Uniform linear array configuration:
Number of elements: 48
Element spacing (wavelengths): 0.75
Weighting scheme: uniform
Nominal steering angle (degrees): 0
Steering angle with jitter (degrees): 1.477
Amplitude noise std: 0.05
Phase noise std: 0.05

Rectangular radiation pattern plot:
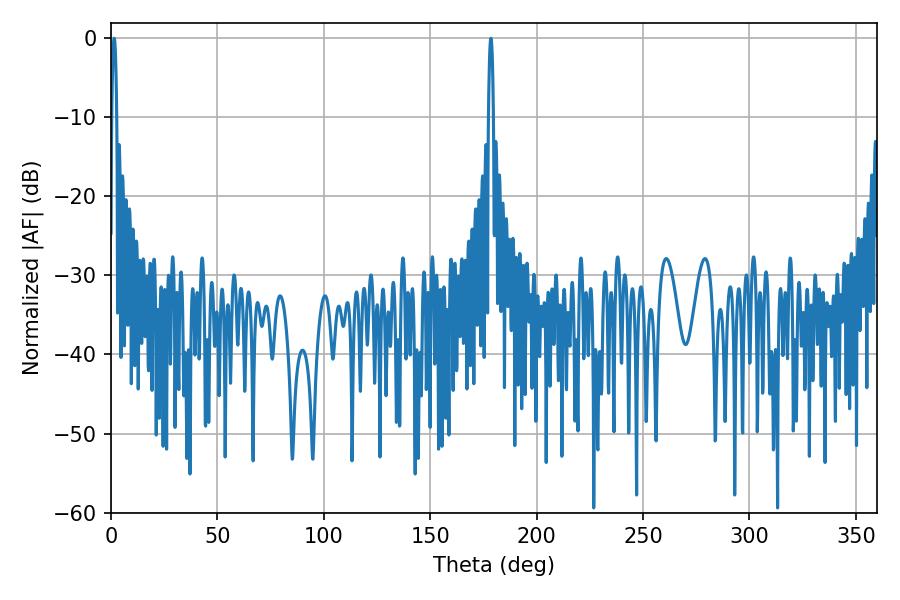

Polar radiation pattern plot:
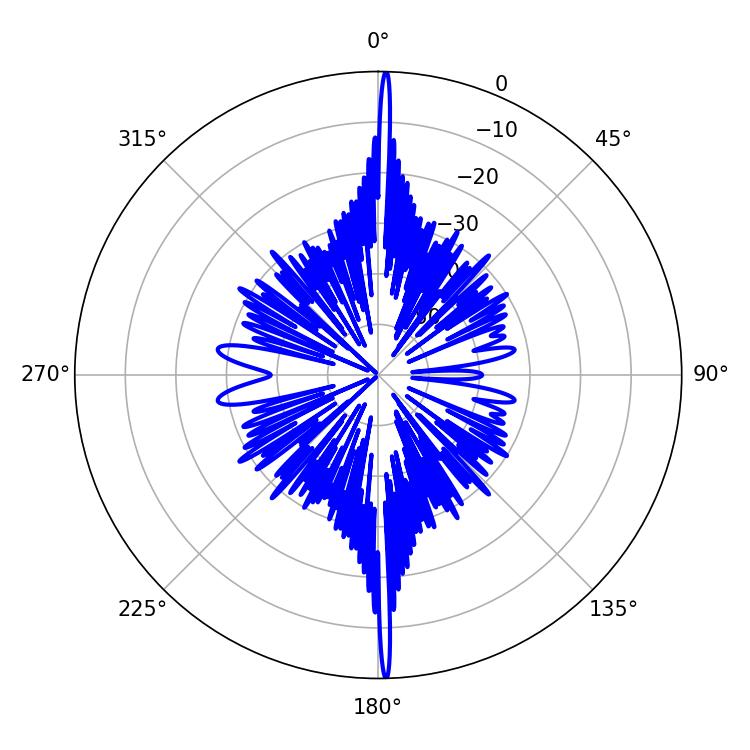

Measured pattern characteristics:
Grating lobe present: TRUE
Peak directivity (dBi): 32.443
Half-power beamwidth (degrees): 1.26
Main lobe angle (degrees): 1.44